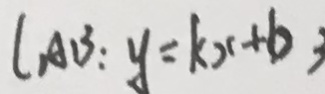
l _ { A B } : y = k x + b 3